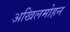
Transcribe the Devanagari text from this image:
अखिलमोहन